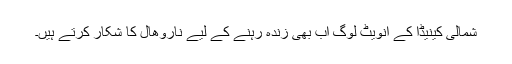
شمالی کینیڈا کے انویٹ لوگ اب بھی زندہ رہنے کے لیے ناروھال کا شکار کرتے ہیں۔